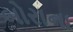
બોરાના